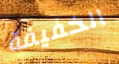
الخفيفة